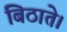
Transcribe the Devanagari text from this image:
बिठाते।